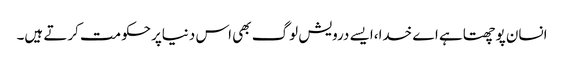
انسان پوچھتاہے اے خدا،ایسے درویش لوگ بھی اس دنیاپرحکومت کرتے ہیں۔